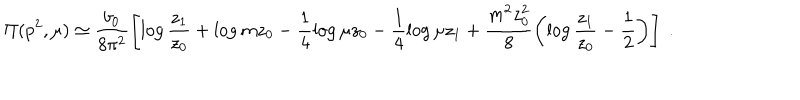
\Pi ( p ^ { 2 } , \mu ) \simeq \frac { b _ { 0 } } { 8 \pi ^ { 2 } } \left[ \log \frac { z _ { 1 } } { z _ { 0 } } + \log m z _ { 0 } - \frac { 1 } { 4 } \log \mu z _ { 0 } - \frac { 1 } { 4 } \log \mu z _ { 1 } + \frac { m ^ { 2 } z _ { 0 } ^ { 2 } } { 8 } \left( \log \frac { z _ { 1 } } { z _ { 0 } } - \frac { 1 } { 2 } \right) \right] \; .